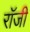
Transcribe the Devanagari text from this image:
राॅजी